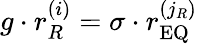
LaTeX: g\cdot r_{R}^{\left(i\right)}=\sigma\cdot r_{\mathrm{EQ}}^{\left(j_{R}\right)}